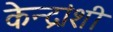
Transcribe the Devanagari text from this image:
केन्द्रांशी